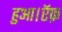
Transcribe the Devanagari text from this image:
हुआ।ऍफ़